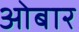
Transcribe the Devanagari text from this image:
ओबार